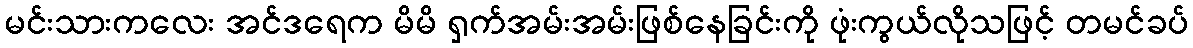
မင်းသားကလေး အင်ဒရေက မိမိ ရှက်အမ်းအမ်းဖြစ်နေခြင်းကို ဖုံးကွယ်လိုသဖြင့် တမင်ခပ်